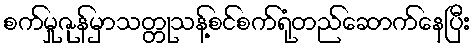
စက်မှုဇုန်မှာသတ္တုသန့်စင်စက်ရုံတည်ဆောက်နေပြီး